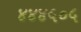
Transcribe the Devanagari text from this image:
४४४५०५